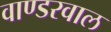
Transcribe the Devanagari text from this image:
वाण्डरवाल